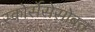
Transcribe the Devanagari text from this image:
स्कोर्सेसेसोबत